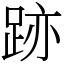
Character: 跡